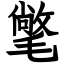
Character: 氅